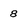
Character: 8